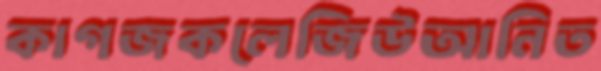
কাগজকলেজিউআনিত